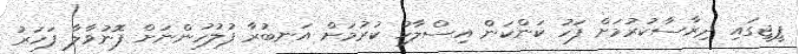
ޕީޖީގައި ދިރާސާކުރުމަށް ފަހު ކަންކަން އިސްލާހު ކުރުމަށް އަނބުރާ ފުލުހުންނަށް ފޮނުވާލާ ފަހަރު